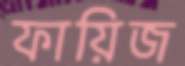
ফায়িজ